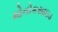
મોનોકસાઇડ